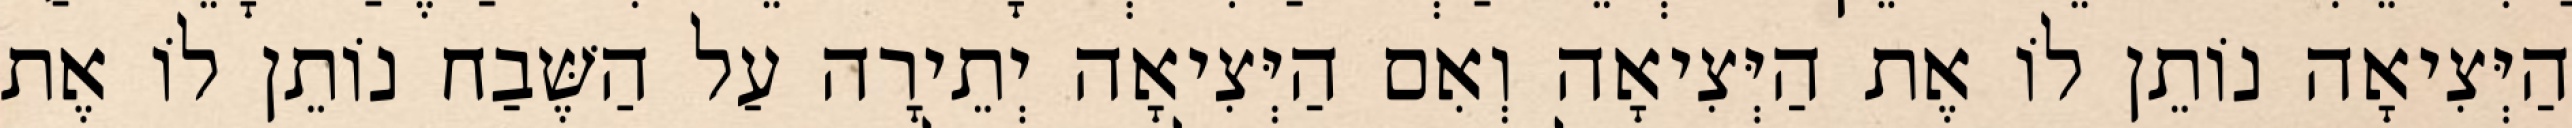
הַיְּצִיאָה נוֹתֵן לוֹ אֶת הַיְּצִיאָה וְאִם הַיְּצִיאָה יְתֵירָה עַל הַשֶּׁבַח נוֹתֵן לוֹ אֶת